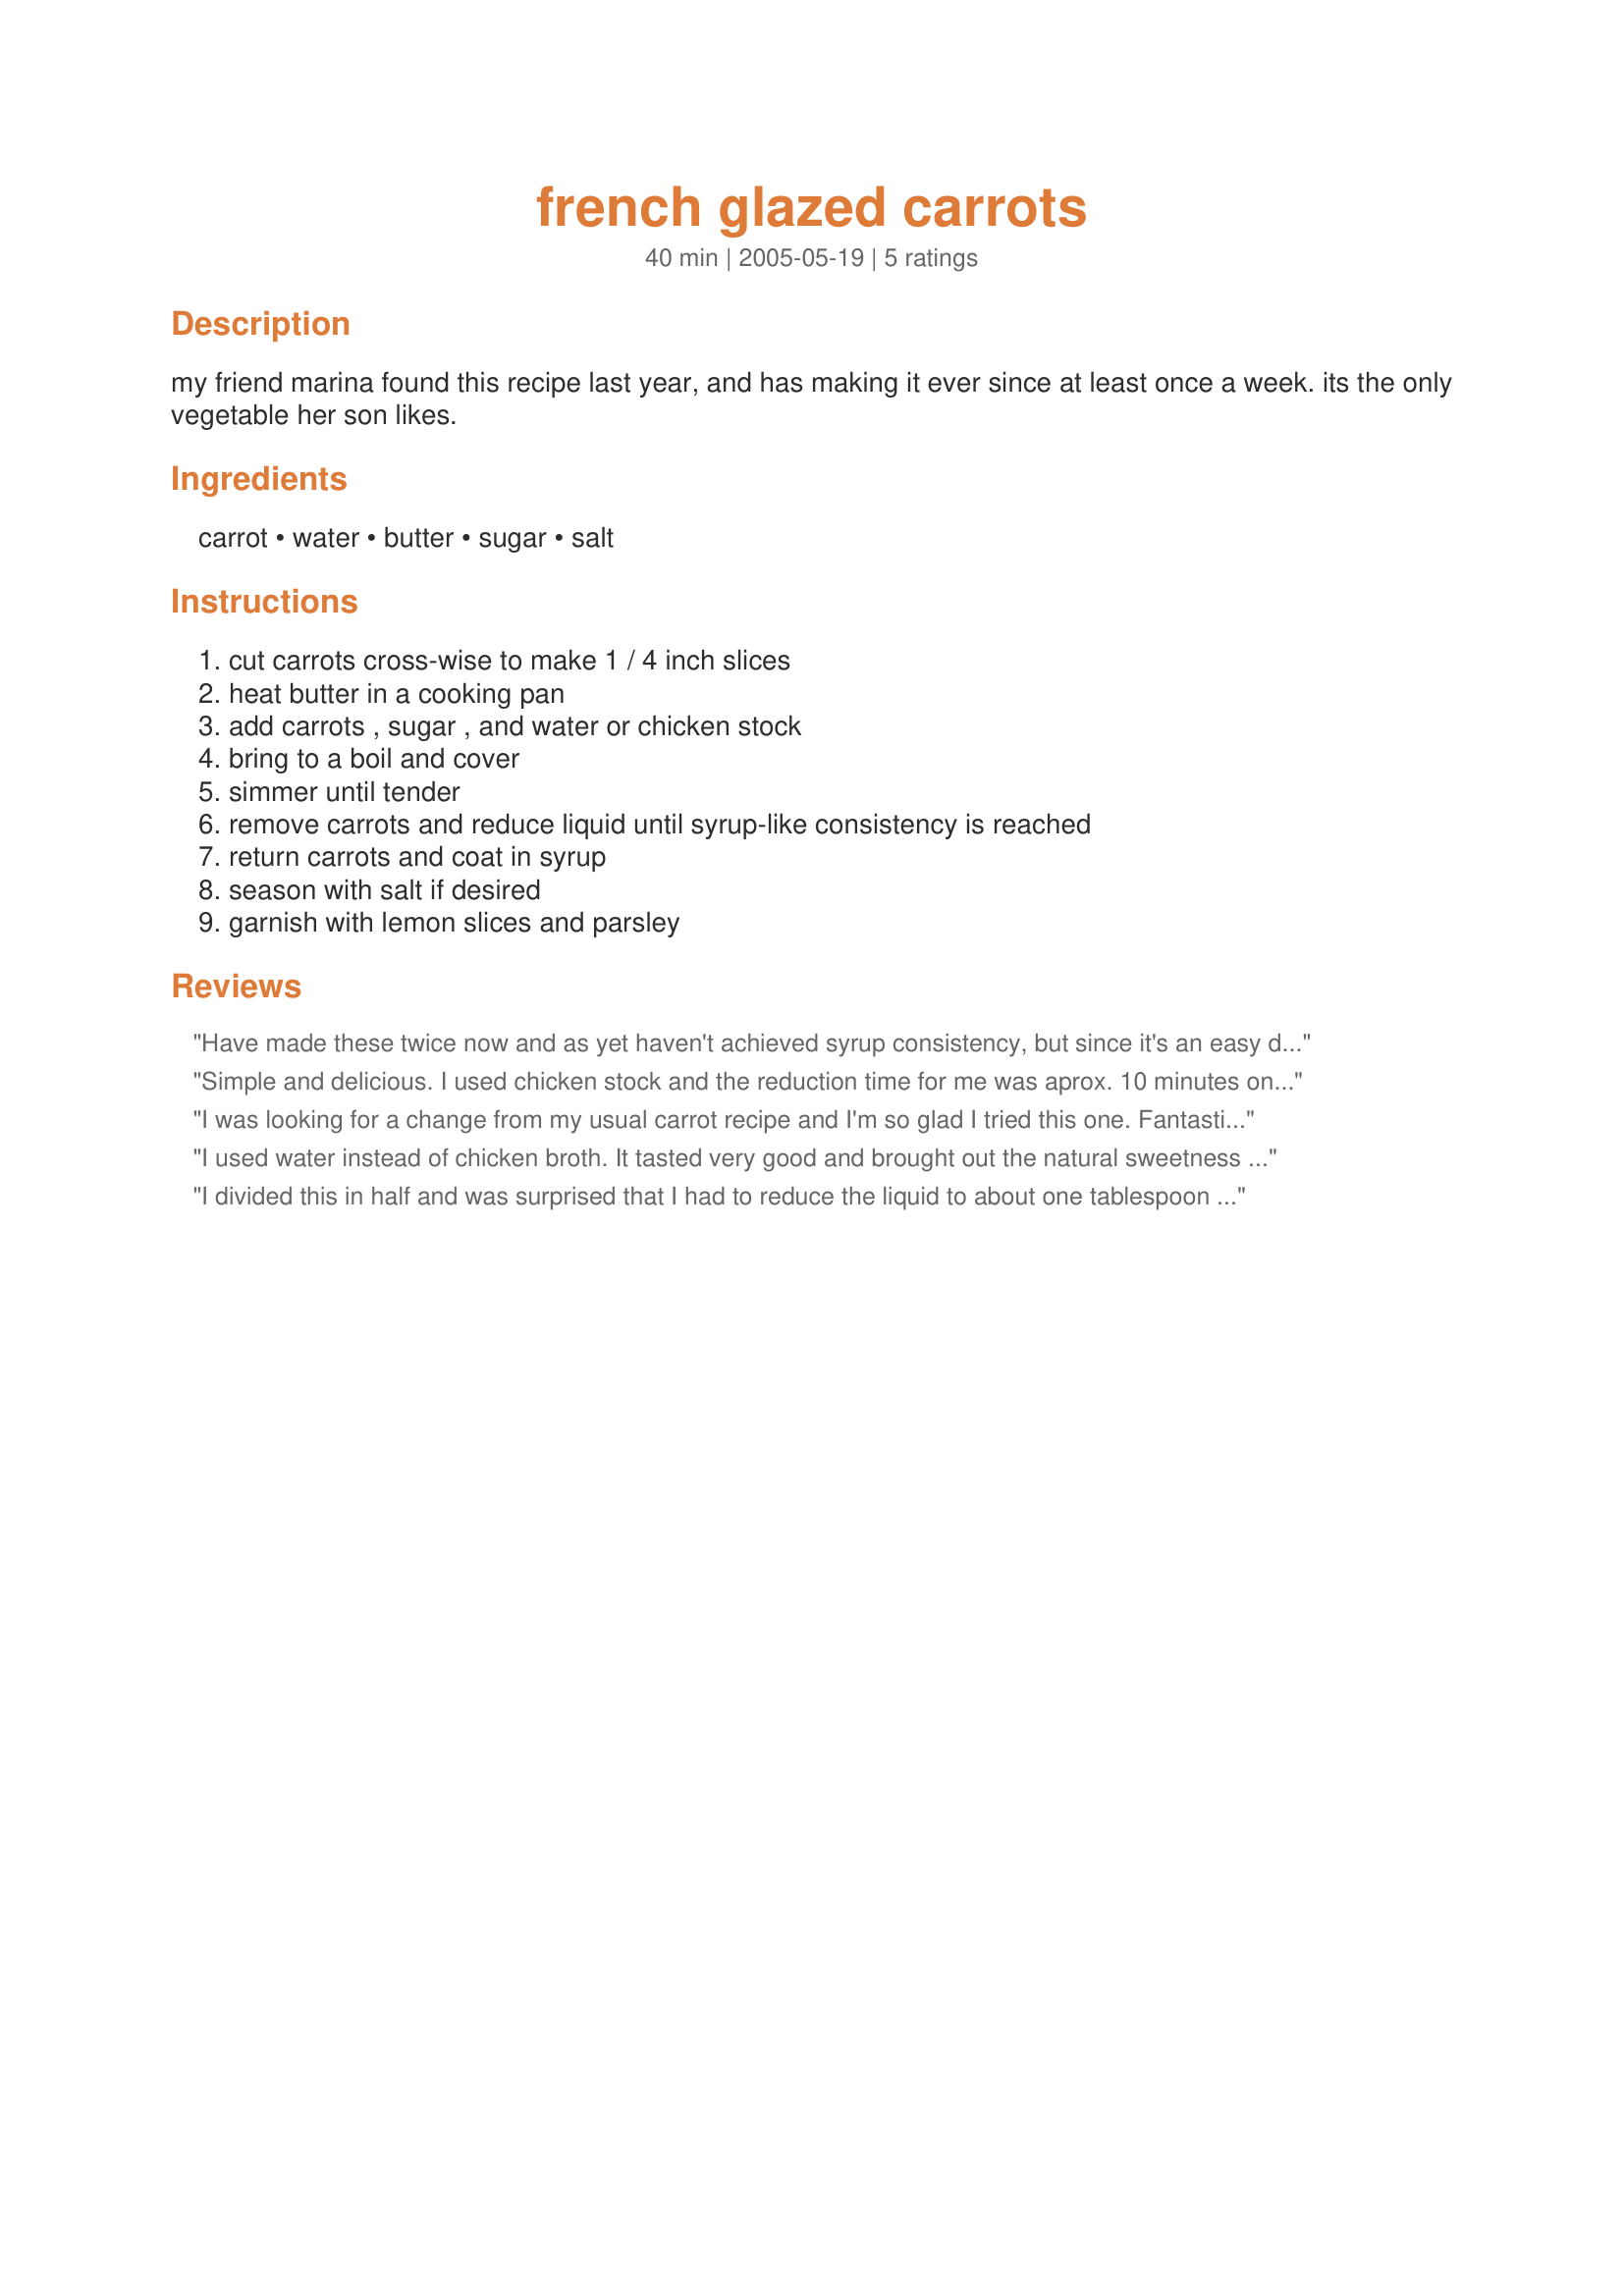
french glazed carrots
Preparation time: 40 minutes

my friend marina found this recipe last year, and has making it ever since at least once a week. its the only vegetable her son likes.

Ingredients:
carrot, water, butter, sugar, salt

Steps:
cut carrots cross-wise to make 1 / 4 inch slices, heat butter in a cooking pan, add carrots , sugar , and water or chicken stock, bring to a boil and cover, simmer until tender, remove carrots and reduce liquid until syrup-like consistency is reached, return carrots and coat in syrup, season with salt if desired, garnish with lemon slices and parsley

Reviews:
Have made these twice now and as yet haven't achieved syrup consistency, but since it's an easy dish and popular with everyone, I'll be making it again.
Simple and delicious. I used chicken stock and the reduction time for me was aprox. 10 minutes on high heat. :)
I was looking for a change from my usual carrot recipe and I'm so glad I tried this one. Fantastic! I used 1 1/2 pounds of baby carrots. I also used condensed chicken broth and honey in place of the sugar. It did reduce down to a syrup consistency using these. The broth gave the carrots a wonderful flavour! This recipe is delicious as is but would also be easy to play around with, using different flavoured broths and herbs. Excellent!
I used water instead of chicken broth. It tasted very good and brought out the natural sweetness of the carrots. I think this gets 5 stars for simplicity, but if one uses some herbs/greens, it may taste more authentic.

(BTW: I also accidentally destroyed a pan by not watching the reduction closely.)
I divided this in half and was surprised that I had to reduce the liquid to about one tablespoon before it got syrupy - but syrup it became, finally. Delicious. This is the default glazed carrot recipe at our house now.
